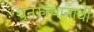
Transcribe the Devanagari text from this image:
पुनरुत्थानाची